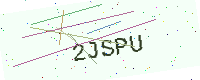
Text: 2JSPU